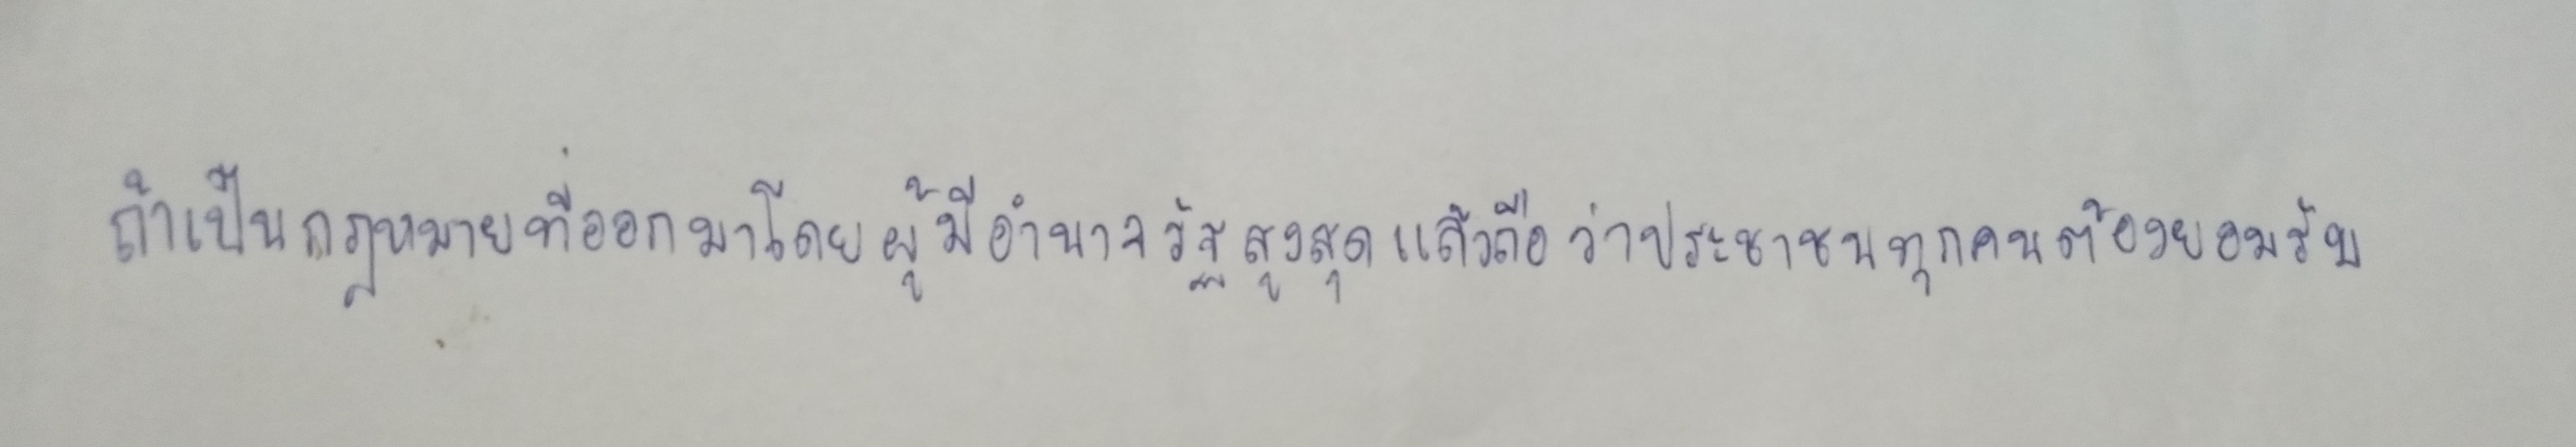
ถ้าเป็นกฎหมายที่ออกมาโดยผู้มีอำนาจรัฐสูงสุดแล้วถือว่าประชาชนทุกคนต้องยอมรับ